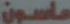
ماسون